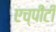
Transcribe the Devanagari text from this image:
एच्‌पीटी